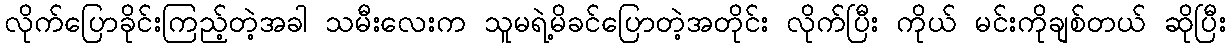
လိုက်ပြောခိုင်းကြည့်တဲ့အခါ သမီးလေးက သူမရဲ့မိခင်ပြောတဲ့အတိုင်း လိုက်ပြီး ကိုယ် မင်းကိုချစ်တယ် ဆိုပြီး